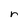
Character: r